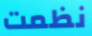
نظمت